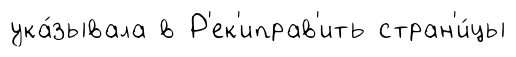
ука́зывала в Р'ек'иправ'ить стран'и́цы